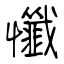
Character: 懺